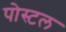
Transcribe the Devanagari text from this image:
पोस्‍टल